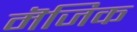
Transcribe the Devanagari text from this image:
मॆजिक